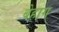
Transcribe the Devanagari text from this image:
बेहाग